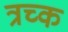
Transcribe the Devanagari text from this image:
त्रच्क